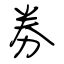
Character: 劵